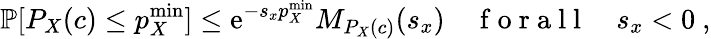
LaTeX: \mathbb{P}[P_{X}(c)\leq p_{X}^{\mathrm{min}}]\leq\mathrm{e}^{-s_{x}p_{X}^{\mathrm{min}}}M_{P_{X}(c)}(s_{x})\quad\mathrm{~f~o~r~a~l~l~}\quad s_{x}<0~,